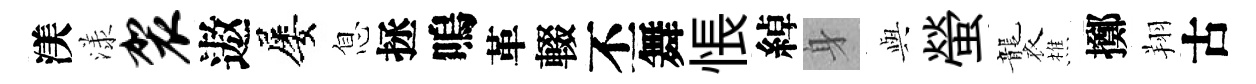
渼漾袈遨屡息拯嗚革輟丕舞悵綽身𫤰螢襲樵擲翔古